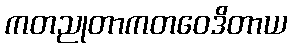
ကတညုတာကတဝေဒိတာယ